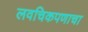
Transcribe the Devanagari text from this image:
लवचिकपणाचा